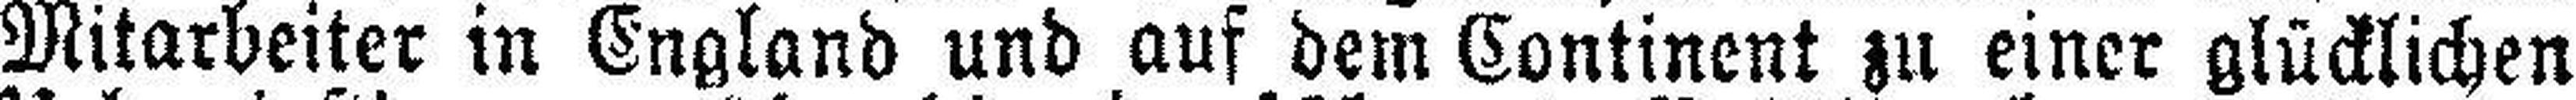
Mitarbeiter in England und auf dem Continent zu einer glücklichen